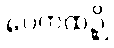
ပေကထဉှိ